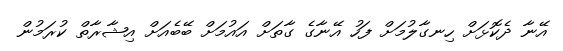
އޭނާ ދެކޮޅަށް ހިނގާލުމަށް ފަހު އޭނާގެ ގާތަށް އައުމަށް ބޭބެއަށް އިޝާރާތް ކުރަމުން